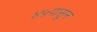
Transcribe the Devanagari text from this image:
४५पासून